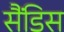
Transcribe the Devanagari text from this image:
सैंडिस